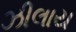
ઝીલાય